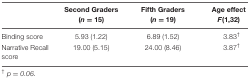
|  | Second Graders (n = 15) | Fifth Graders (n = 19) | Age effect F(1,32) |
 | --- | --- | --- | --- |
 | Binding score | 5.93 (1.22) | 6.89 (1.52) | 3.83† |
 | Narrative Recall score | 19.00 (5.15) | 24.00 (8.46) | 3.87† |